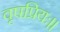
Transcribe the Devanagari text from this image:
वृषप्रियः।।